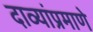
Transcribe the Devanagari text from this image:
दाव्यांप्रमाणे